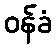
ဝန်ခံ